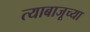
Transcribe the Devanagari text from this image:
त्याबाजूच्या